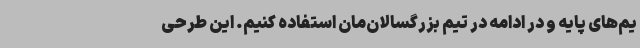
یم‌های پایه و در ادامه در تیم بزرگسالان‌مان استفاده کنیم. این طرحی